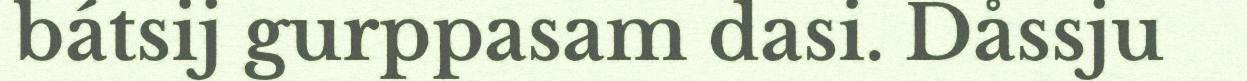
bátsij gurppasam dasi. Dåssju